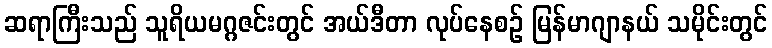
ဆရာကြီးသည် သူရိယမဂ္ဂဇင်းတွင် အယ်ဒီတာ လုပ်နေစဉ် မြန်မာဂျာနယ် သမိုင်းတွင်